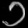
Digit: ၁